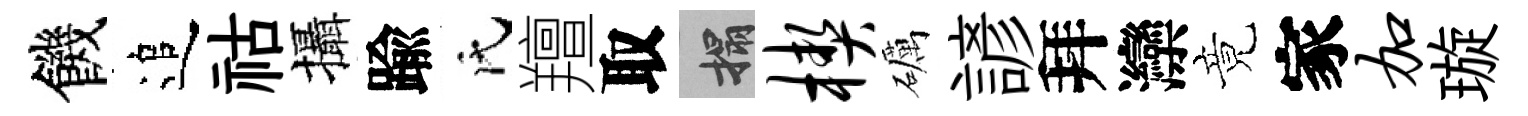
饑追祜攝踰氏羶取搨楔礪諺拜灤竟家加璇